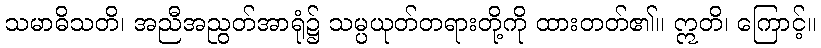
သမာဓိသတိ၊ အညီအညွတ်အာရုံ၌ သမ္ပယုတ်တရားတို့ကို ထားတတ်၏။ ဣတိ၊ ကြောင့်။